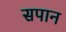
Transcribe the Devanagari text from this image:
सपान